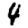
Digit: 4